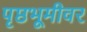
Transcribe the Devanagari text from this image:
पृष्ठभूमीवर